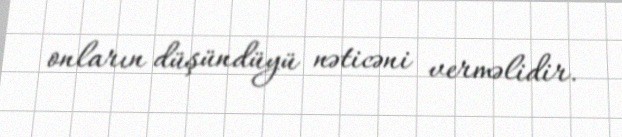
onların düşündüyü nəticəni verməlidir.